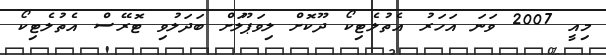
މިއީ 2007 ވަނަ އަހަރު އެތުލެޓިކޯ ދޫކޮށް ލިވަޕޫލަށް ބަދަލުވި ޓޮރޭސް އެެތުލެޓިކޯ